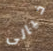
خيالى